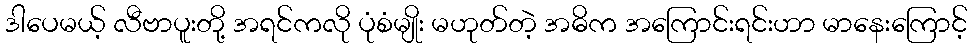
ဒါပေမယ့် လီဗာပူးတို့ အရင်ကလို ပုံစံမျိုး မဟုတ်တဲ့ အဓိက အကြောင်းရင်းဟာ မာနေးကြောင့်